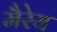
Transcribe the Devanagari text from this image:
मैरेय